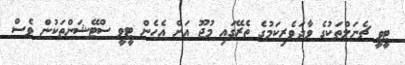
ޓީވީ ޗެނަލްތަކުގެ ވާދަވެރިކަމުގެ ތެރޭގައި މުޖޫ އަށް އެހެން ޓީވީ ސްޓޭޝަންތަކުން ވެސް